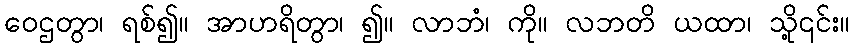
ဝေဌတွာ၊ ရစ်၍။ အာဟရိတွာ၊ ၍။ လာဘံ၊ ကို။ လဘတိ ယထာ၊ သို့၎င်း။